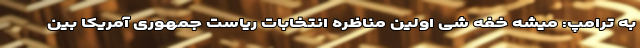
به ترامپ: میشه خفه شی اولین مناظره انتخابات ریاست جمهوری آمریکا بین